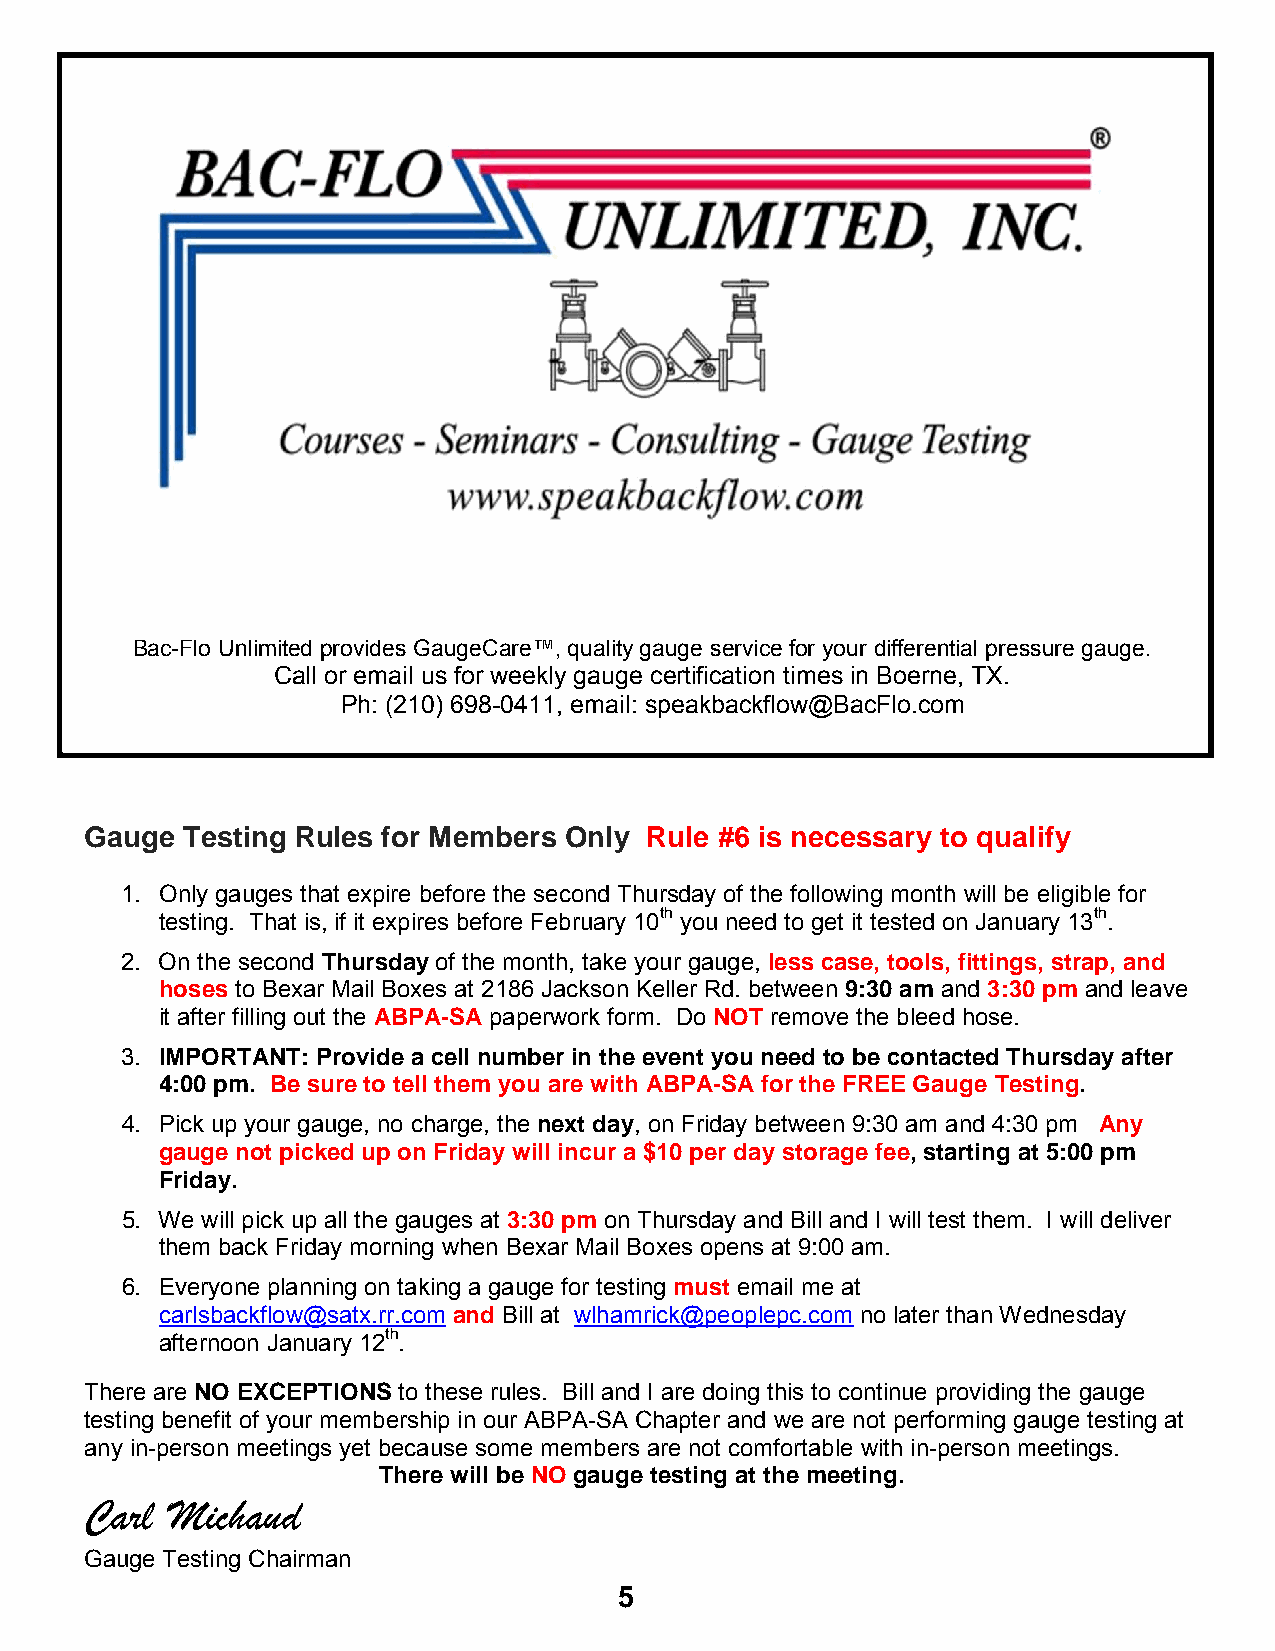
Bac-Flo Unlimited provides GaugeCare™, quality gauge service for your differential pressure gauge.
 Call or email us for weekly gauge certification times in Boerne, TX.
 Ph: (210) 698-0411, email: speakbackflow@BacFlo.com
 Gauge Testing Rules for Members Only Rule #6 is necessary to qualify
 1. Only gauges that expire before the second Thursday of the following month will be eligible for
 testing. That is, if it expires before February 10th you need to get it tested on January 13th.
 2. On the second Thursday of the month, take your gauge, less case, tools, fittings, strap, and
 hoses to Bexar Mail Boxes at 2186 Jackson Keller Rd. between 9:30 am and 3:30 pm and leave
 it after filling out the ABPA-SA paperwork form. Do NOT remove the bleed hose.
 3. IMPORTANT: Provide a cell number in the event you need to be contacted Thursday after
 4:00 pm. Be sure to tell them you are with ABPA-SA for the FREE Gauge Testing.
 4. Pick up your gauge, no charge, the next day, on Friday between 9:30 am and 4:30 pm Any
 gauge not picked up on Friday will incur a $10 per day storage fee, starting at 5:00 pm
 Friday.
 5. We will pick up all the gauges at 3:30 pm on Thursday and Bill and I will test them. I will deliver
 them back Friday morning when Bexar Mail Boxes opens at 9:00 am.
 6. Everyone planning on taking a gauge for testing must email me at
 carlsbackflow@satx.rr.com and Bill at wlhamrick@peoplepc.com no later than Wednesday
 afternoon January 12th.
 There are NO EXCEPTIONS to these rules. Bill and I are doing this to continue providing the gauge
 testing benefit of your membership in our ABPA-SA Chapter and we are not performing gauge testing at
 any in-person meetings yet because some members are not comfortable with in-person meetings.
 There will be NO gauge testing at the meeting.
 Carl Michaud
 Gauge Testing Chairman
 5